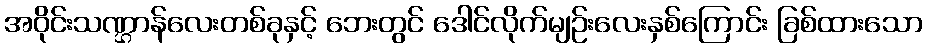
အဝိုင်းသဏ္ဌာန်လေးတစ်ခုနှင့် ဘေးတွင် ဒေါင်လိုက်မျဉ်းလေးနှစ်ကြောင်း ခြစ်ထားသော